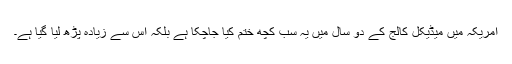
امریکہ میں میڈیکل کالج کے دو سال میں یہ سب کچھ ختم کیا جاچکا ہے بلکہ اس سے زیادہ پڑھ لیا گیا ہے۔